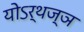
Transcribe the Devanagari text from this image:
योऽर्थज्ञ